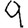
Digit: 9